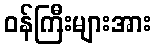
ဝန်ကြီးများအား